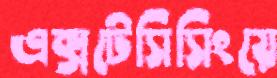
এক্সটেসিসিংয়ে